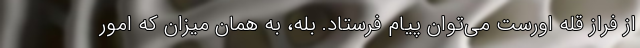
از فراز قله اورست می‌توان پیام فرستاد. بله، به همان میزان که امور